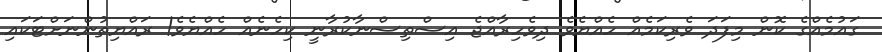
ގައުމެއްގެ ކޮން މިފަދަ ވެރިކަމެއް ހެއްޔެވެ ދިވެހިރާއްޖެ އިސްތިސްނާކުރާނީ ކިހެނެއް ހެއްޔެވެ! ރައްޔިތުންނަށްޓަކައި